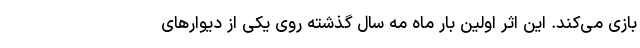
بازی می‌کند. این اثر اولین بار ماه مه سال گذشته روی یکی از دیوارهای